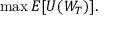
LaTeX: \operatorname* { m a x } E [ U ( W _ { T } ) ] .